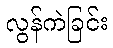
လွန်ကဲခြင်း